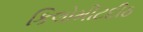
કિલોમીટદીઠ